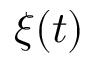
\xi ( t )